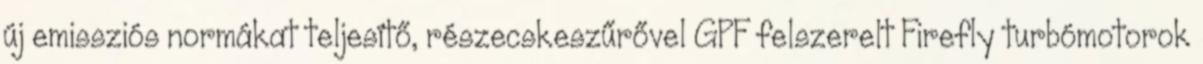
új emissziós normákat teljesítő, részecskeszűrővel GPF felszerelt Firefly turbómotorok